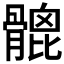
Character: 𩪅